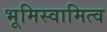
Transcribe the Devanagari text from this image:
भूमिस्वामित्व